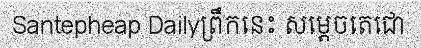
Santepheap Dailyព្រឹកនេះ សម្តេចតេជោ